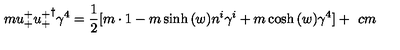
m u _ { + } ^ { + } { u _ { + } ^ { + } } ^ { \dagger } \gamma ^ { 4 } = \frac { 1 } { 2 } [ m \cdot 1 - m \sinh { ( w ) } n ^ { i } \gamma ^ { i } + m \cosh { ( w ) } \gamma ^ { 4 } ] + \hspace { 4 c m }